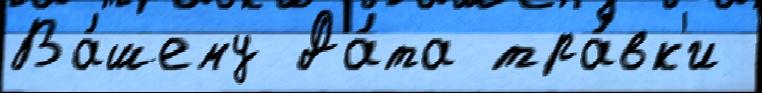
Ва́шему Да́та тра́вк'и